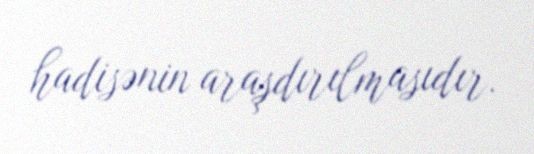
hadisənin araşdırılmasıdır.